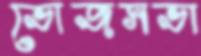
ভোজসভা